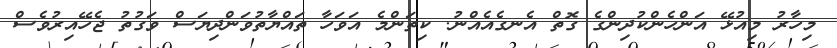
މިހާރު މިއުޅޭ އަންހެންކުދިންގެ ގޮތް އެނގެއެއްނު. ކިތަންމެ އަވަހާ ތައްޔާތުވަންދިޔަސް ވަގުތު ޖެހޭއިރުވެސް